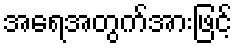
အရေအတွက်အားဖြင့်